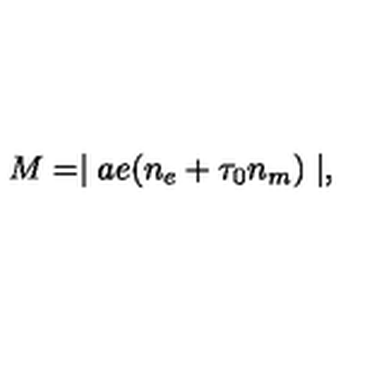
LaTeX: M = \mid a e ( n _ { e } + \tau _ { 0 } n _ { m } ) \mid ,